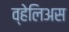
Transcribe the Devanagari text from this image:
व्हेलिअस